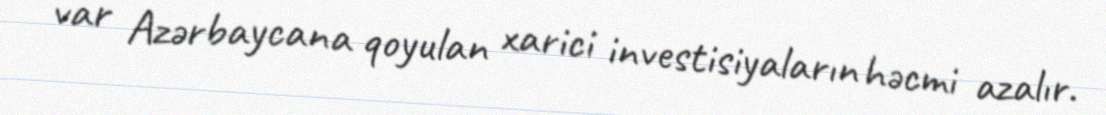
var Azərbaycana qoyulan xarici investisiyaların həcmi azalır.